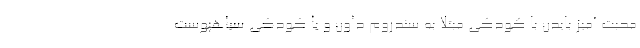
محبت آمیز بایدن با کودکی مبتلا به سندروم داون و یا کودکی سیاهپوست